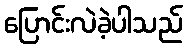
ပြောင်းလဲခဲ့ပါသည်